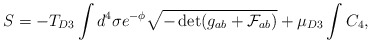
\begin{align*}S = - T_{D3} \int d^4\sigma e^{-\phi} \sqrt{-\det (g_{ab} + \mathcal{F}_{ab})} + \mu_{D3} \int C_4,\end{align*}